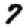
Digit: 7